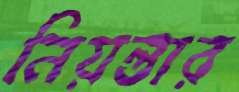
নিয়ন্তার